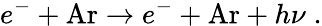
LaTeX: e^{-}+\mathrm{Ar}\rightarrow e^{-}+\mathrm{Ar}+h\nu\; .